Indian journal of veterinary science and animal husbandry - Volume 8,
Year: 1938
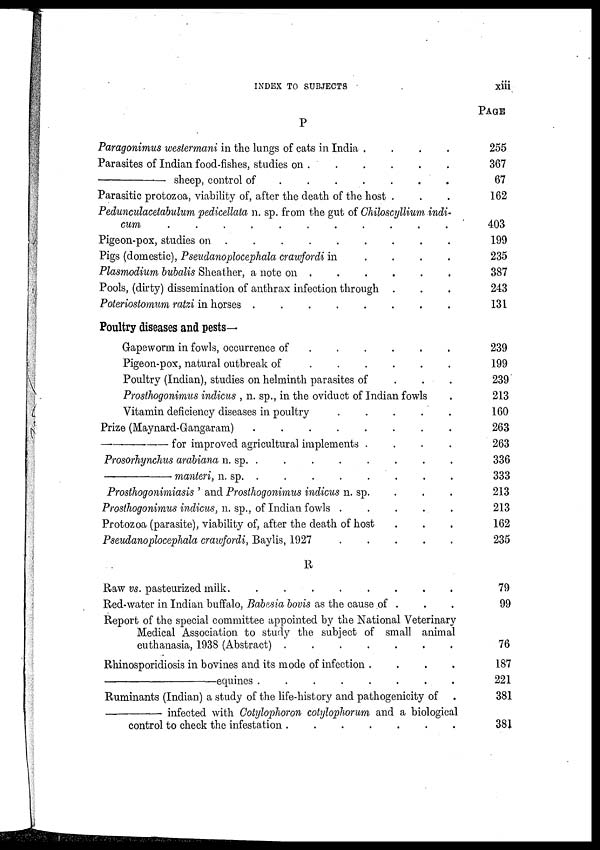
INDEX TO SUBJECTS
xiii
P
Paragonimus westermani in the lungs of cats in India .
.
.
.
Parasites of Indian food-fishes, studies on . . . . . . . . . . . .
—
sheep, control of
.
.
.
.
.
.
Parasitic protozoa, viability of, after the death of the host . . .
Pedunculacetabulum pedicellata n. sp. from the gut of Chiloscyllium indi-
cum
.
.
.
.
.
.
.
.
.
.
.
Pigeon-pox, studies on
.
.
.
.
.
.
.
.
Pigs (domestic), Pseudanoplocephala crawfordi in
.
.
.
.
Plasmodium bubalis Sheather, a note on .
.
.
.
.
Pools, (dirty) dissemination of anthrax infection through . . .
Poteriostomum ratzi in horses .
.
.
.
.
.
.
.
Poultry diseases and pests—
Gapeworm in fowls, occurrence of
.
.
.
.
.
Pigeon-pox, natural outbreak of
.
.
.
.
.
.
Poultry (Indian), studies on helminth parasites of . . .
Prosthogonimus indicus , n. sp., in the oviduct of Indian fowls .
Vitamin deficiency diseases in poultry
.
.
.
.
.
Prize (Maynard-Gangaram)
.
.
.
.
.
.
.
.
—for
improved agricultural implements .
.
.
.
Prosorhynchus arabiana n. sp. . . . . . . . . .
—manteri,
n. sp. . . . .
Prosthogonimiasis ' and Prosthogonimus indicus n. sp. . . .
Prosthogonimus indicus, n. sp., of Indian fowls .
.
.
.
.
Protozoa (parasite), viability of, after the death of host . . .
Pseudanoplocephala crawfordi, Baylis, 1927
.
.
.
.
.
R
Raw vs. pasteurized milk.
.
.
.
.
.
.
.
.
Red-water in Indian buffalo, Babesia bovis as the cause of . . .
Report of the special committee appointed by the National Veterinary
Medical Association to study the subject of small animal
euthanasia, 1938 (Abstract)
.
.
.
.
.
.
.
.
Rhinosporidiosis in bovines and its mode of infection .
.
.
.
—equines
.
.
.
.
.
.
.
.
Ruminants (Indian) a study of the life-history and pathogenicity of .
—
infected with Cotylophoron cotylopliorum and a biological
control to check the infestation .
.
.
.
.
.
.
PAGE
255
367
67
162
403
199
235
387
243
131
239
199
239
213
160
263
263
336
333
213
213
162
235
79
99
76
187
221
381
381